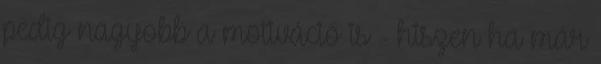
pedig nagyobb a motiváció is - hiszen ha már